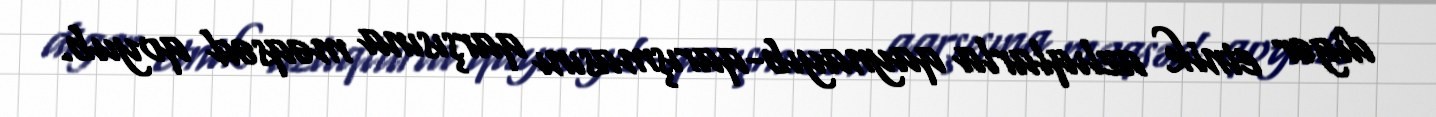
digər etnik azlıqlarla qaynayıb-qarışmasını qarşısına məqsəd qoyub.